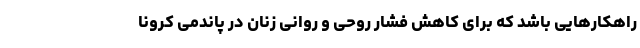
راهکارهایی باشد که برای کاهش فشار روحی و روانی زنان در پاندمی کرونا